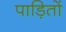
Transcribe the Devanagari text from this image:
पाड़ितों